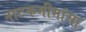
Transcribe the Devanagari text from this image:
नाटकमीमांसा